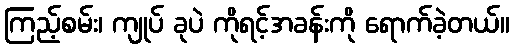
ကြည့်စမ်း၊ ကျုပ် ခုပဲ ကိုရင့်အခန်းကို ရောက်ခဲ့တယ်။